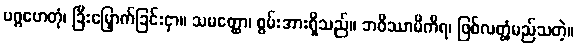
ပဂ္ဂဟေတုံ၊ ခြီးမြှောက်ခြင်းငှာ။ သမတ္ထော၊ စွမ်းအားရှိသည်။ ဘဝိဿာမိကိရ၊ ဖြစ်လတ္တံ့မည်သတဲ့။